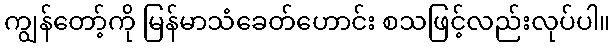
ကျွန်တော့်ကို မြန်မာသံခေတ်ဟောင်း စသဖြင့်လည်းလုပ်ပါ။